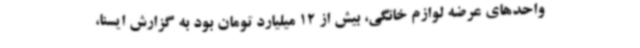
واحدهای عرضه لوازم خانگی، بیش از 12 میلیارد تومان بود به گزارش ایسنا،